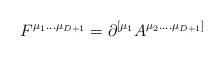
LaTeX: \begin{align*}F^{\mu_{1}...\mu_{D+1}} = \partial^{[\mu_{1}} A^{\mu_{2}....\mu_{D+1}]}\end{align*}